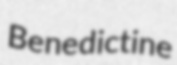
Benedictine